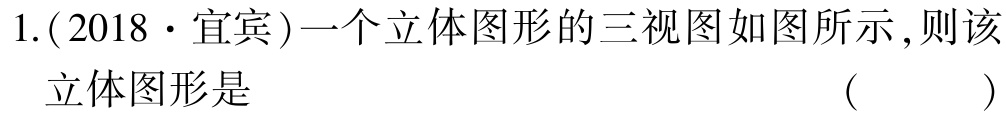
1.(2018·宜宾)一个立体图形的三视图如图所示,则该

立体图形是 （  ）